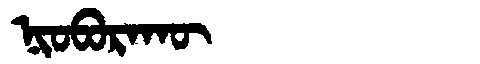
Manchu: ᠨᡳᠣᠪᠣᡵᠠᡴᡡ
Romanization: NIOBORAKŪ